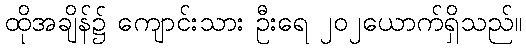
ထိုအချိန်၌ ကျောင်းသား ဦးရေ ၂၀၂ယောက်ရှိသည်။